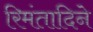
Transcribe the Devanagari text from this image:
रिमंतादिने